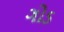
ગોડ